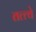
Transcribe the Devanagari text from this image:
तत्‍त्‍वे